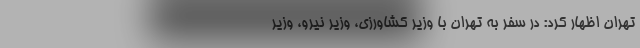
تهران اظهار کرد: در سفر به تهران با وزیر کشاورزی، وزیر نیرو، وزیر